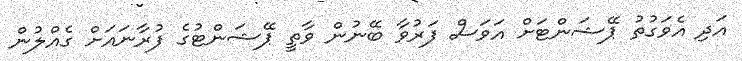
އަދި އެވަގުތު ޕޭޝަންޓަށް އަވަސް ފަރުވާ ބޭނުން ވާތީ ޕޭޝަންޓުގެ ފުރާނައަށް ގެއްލުން